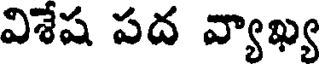
విశేష పద వ్యాఖ్య